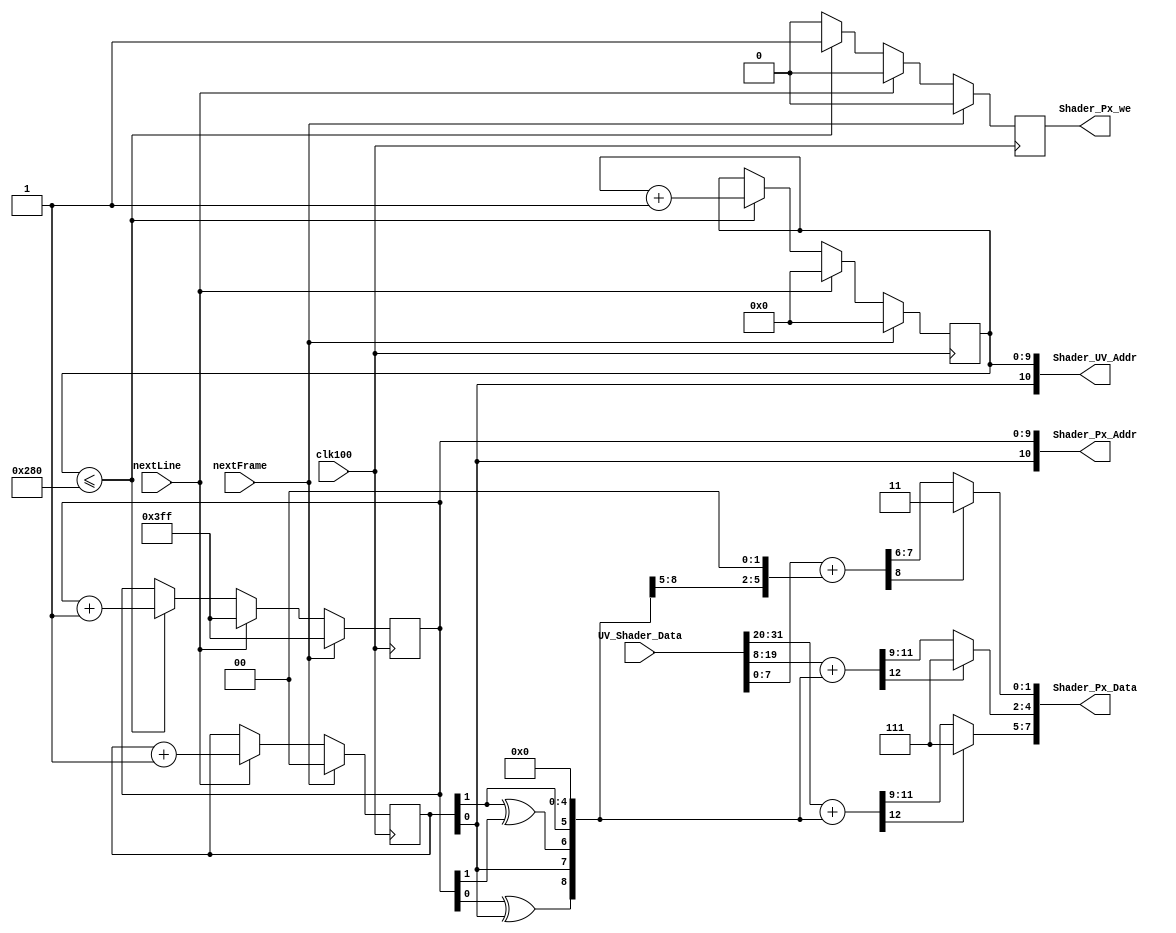
`timescale 1ns / 1ps
//////////////////////////////////////////////////////////////////////////////////
// Company: 
// Engineer: 
// 
// Design Name: 
// Module Name:    Shader 
// Project Name: 
// Target Devices: 
// Tool versions: 
// Description: 
//
// Dependencies: 
//
// Revision: 
// Revision 0.01 - File Created
// Additional Comments: 
//
//////////////////////////////////////////////////////////////////////////////////
module Shader(
    input clk100,
    output [10:0] Shader_UV_Addr,
    input [31:0] UV_Shader_Data,
    output [10:0] Shader_Px_Addr,
    output [7:0] Shader_Px_Data,
    output reg Shader_Px_we,
    input nextLine,
	 input nextFrame
    );

reg [9:0] uv_x=0;
reg [9:0] px_x=0;
reg [1:0] lineOffset=0;

wire [11:0] r; wire [11:0] g; wire [7:0] b;
wire [12:0] dr; wire [12:0] dg; wire [8:0] db;

assign Shader_UV_Addr = {lineOffset[0], uv_x};
assign Shader_Px_Addr = {lineOffset[0], px_x};

assign r = UV_Shader_Data[31:20];
assign g = UV_Shader_Data[19:8];
assign b = UV_Shader_Data[7:0]; 

wire [3:0] bayer = {px_x[0] ^ lineOffset[0], lineOffset[0], lineOffset[1] ^ px_x[1], lineOffset[1]};

assign dr = r + (bayer<<5);
assign dg = g + (bayer<<5);
assign db = b + (bayer<<2);
assign Shader_Px_Data = {dr[12]?3'h7:dr[11:9],dg[12]?3'h7:dg[11:9],db[8]?2'h3:db[7:6]};
	 
always@(posedge clk100)
begin
	if(nextFrame)
	begin
		uv_x <= 0;
		px_x <= 'h3FF;
		Shader_Px_we <= 0;
		lineOffset <= 0;
	end
	else if(nextLine)
	begin
		uv_x <= 0;
		px_x <= 'h3FF;
		Shader_Px_we <= 0;
		lineOffset <= lineOffset + 1;
	end
	else
	begin
		if(uv_x <= 640)
		begin
			uv_x <= uv_x+1;
			px_x <= px_x+1;
			Shader_Px_we <= 1;
		end
		else
		begin
			Shader_Px_we <= 0;
		end
	end
end
endmodule